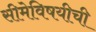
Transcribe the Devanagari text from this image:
सीमेविषयीची